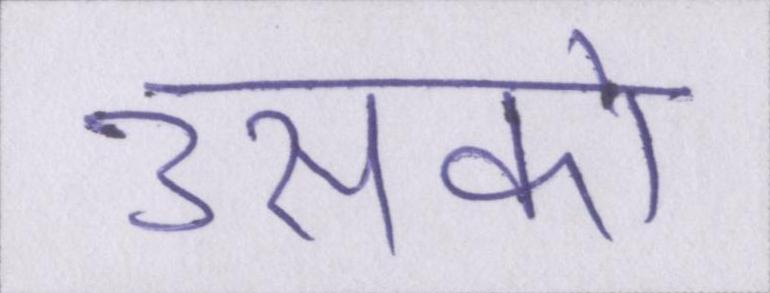
उसको